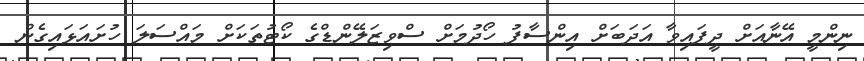
ނިންމީ އޭނާއަށް ދީފައިވާ އަދަބަށް އިންސާފު ހޯދުމަށް ސްވިޒަލޭންޑްގެ ކޯޓުތަކަށް މައްސަލަ ހުށައަޅައިގެން